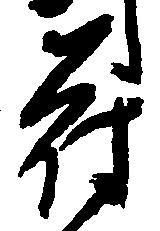
苻